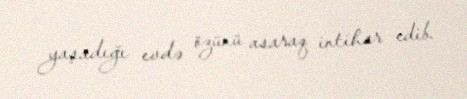
yaşadığı evdə özünü asaraq intihar edib.